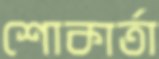
শোকার্তা